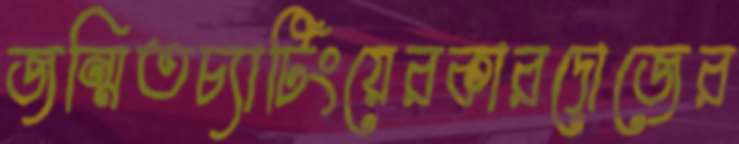
জন্মিতচ্যাটিংয়েরকারদোজের